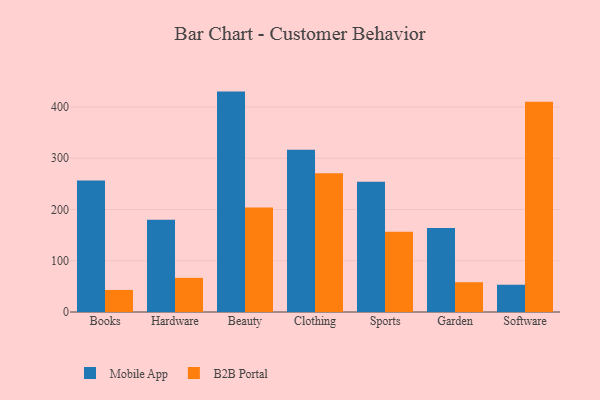
{"axis": {"x": "Category", "y": "Net Income (USD K)"}, "legend": ["B2B Portal", "Mobile App"], "data": [{"x": "Books", "y": 256.4, "type": "Mobile App"}, {"x": "Books", "y": 43.0, "type": "B2B Portal"}, {"x": "Hardware", "y": 180.1, "type": "Mobile App"}, {"x": "Hardware", "y": 66.6, "type": "B2B Portal"}, {"x": "Beauty", "y": 430.0, "type": "Mobile App"}, {"x": "Beauty", "y": 204.0, "type": "B2B Portal"}, {"x": "Clothing", "y": 316.5, "type": "Mobile App"}, {"x": "Clothing", "y": 270.7, "type": "B2B Portal"}, {"x": "Sports", "y": 253.9, "type": "Mobile App"}, {"x": "Sports", "y": 156.5, "type": "B2B Portal"}, {"x": "Garden", "y": 164.1, "type": "Mobile App"}, {"x": "Garden", "y": 58.1, "type": "B2B Portal"}, {"x": "Software", "y": 53.2, "type": "Mobile App"}, {"x": "Software", "y": 410.0, "type": "B2B Portal"}]}